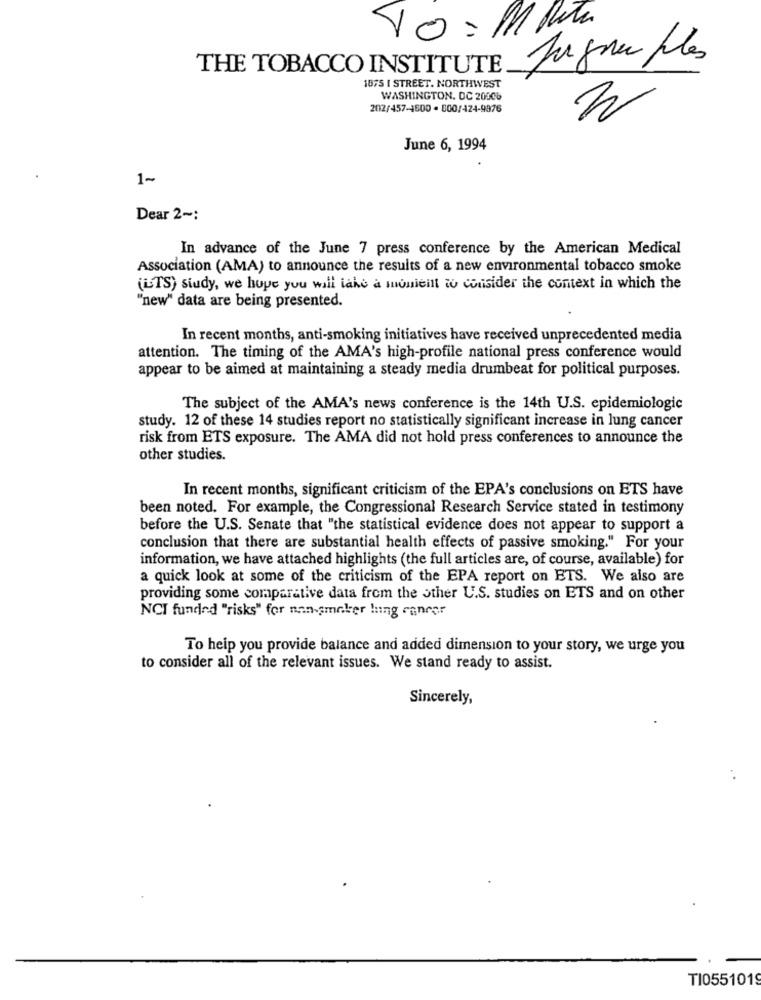
Jugoou ples
THE TOBACCO INSTITUTE
1075 I STREET. NORTHWEST
WASHINGTON, DC 20006
202/457-4500 - 800/424-9876
June 6, 1994
1~
Dear 2 -:
In advance of the June 7 press conference by the American Medical
Association (AMA) to announce the results of a new environmental tobacco smoke
(LTS) siudy, we hope you will take a monieilt to consider the context in which the
"new" data are being presented.
In recent months, anti-smoking initiatives have received unprecedented media
attention. The timing of the AMA's high-profile national press conference would
appear to be aimed at maintaining a steady media drumbeat for political purposes.
The subject of the AMA's news conference is the 14th U.S. epidemiologic
study. 12 of these 14 studies report no statistically significant increase in lung cancer
risk from ETS exposure. The AMA did not hold press conferences to announce the
other studies.
In recent months, significant criticism of the EPA's conclusions on ETS have
been noted. For example, the Congressional Research Service stated in testimony
before the U.S. Senate that "the statistical evidence does not appear to support a
conclusion that there are substantial health effects of passive smoking." For your
information, we have attached highlights (the full articles are, of course, available) for
a quick look at some of the criticism of the EPA report on ETS. We also are
providing some comparative data from the other U.S. studies on ETS and on other
NCI funded "risks" for nan-smaker lung cancer
To heip you provide balance and added dimension to your story, we urge you
to consider all of the relevant issues. We stand ready to assist.
Sincerely,
T10551019